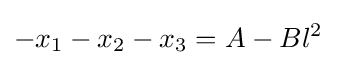
-x_{1}-x_{2}-x_{3}=A-Bl^{2}